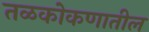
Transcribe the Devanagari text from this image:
तळकोकणातील